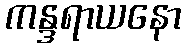
ကန္ဒရာယနော